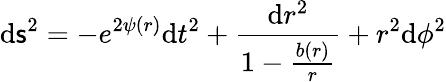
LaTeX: \mathrm{d}\mathsf{s}^{2}=-e^{2\psi(r)}\mathrm{d}t^{2}+\frac{{\mathrm{d}r^{2}}}{{1-\frac{{b(r)}}{{r}}}}+r^{2}\mathrm{d}\phi^{2}